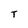
Character: T